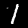
Label: 1